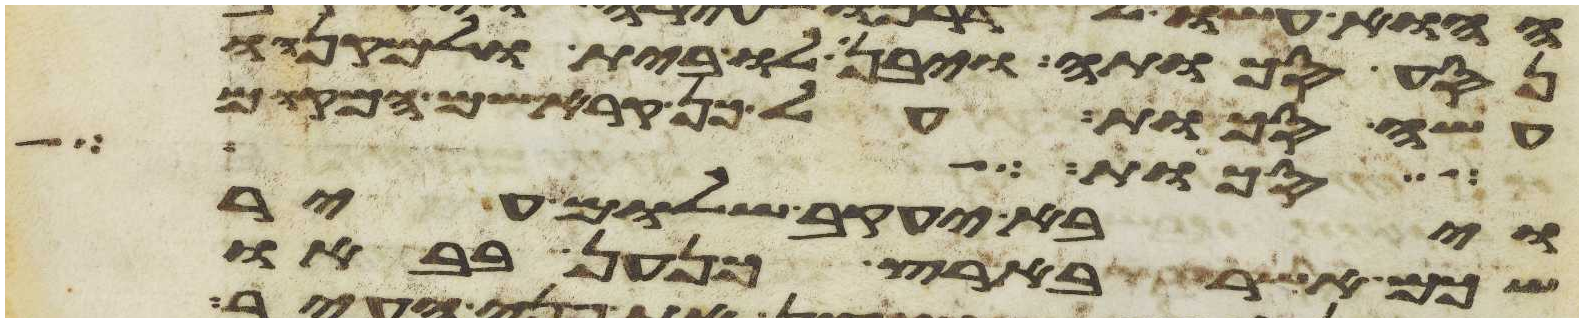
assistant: נסע סכותה ויבן לו בית ולמקנהו
עשה סכות על כן קרא שם המקום
סכות על
ויבא יעקב שלום עיר
שכם אשר בארץ כנען בבאו